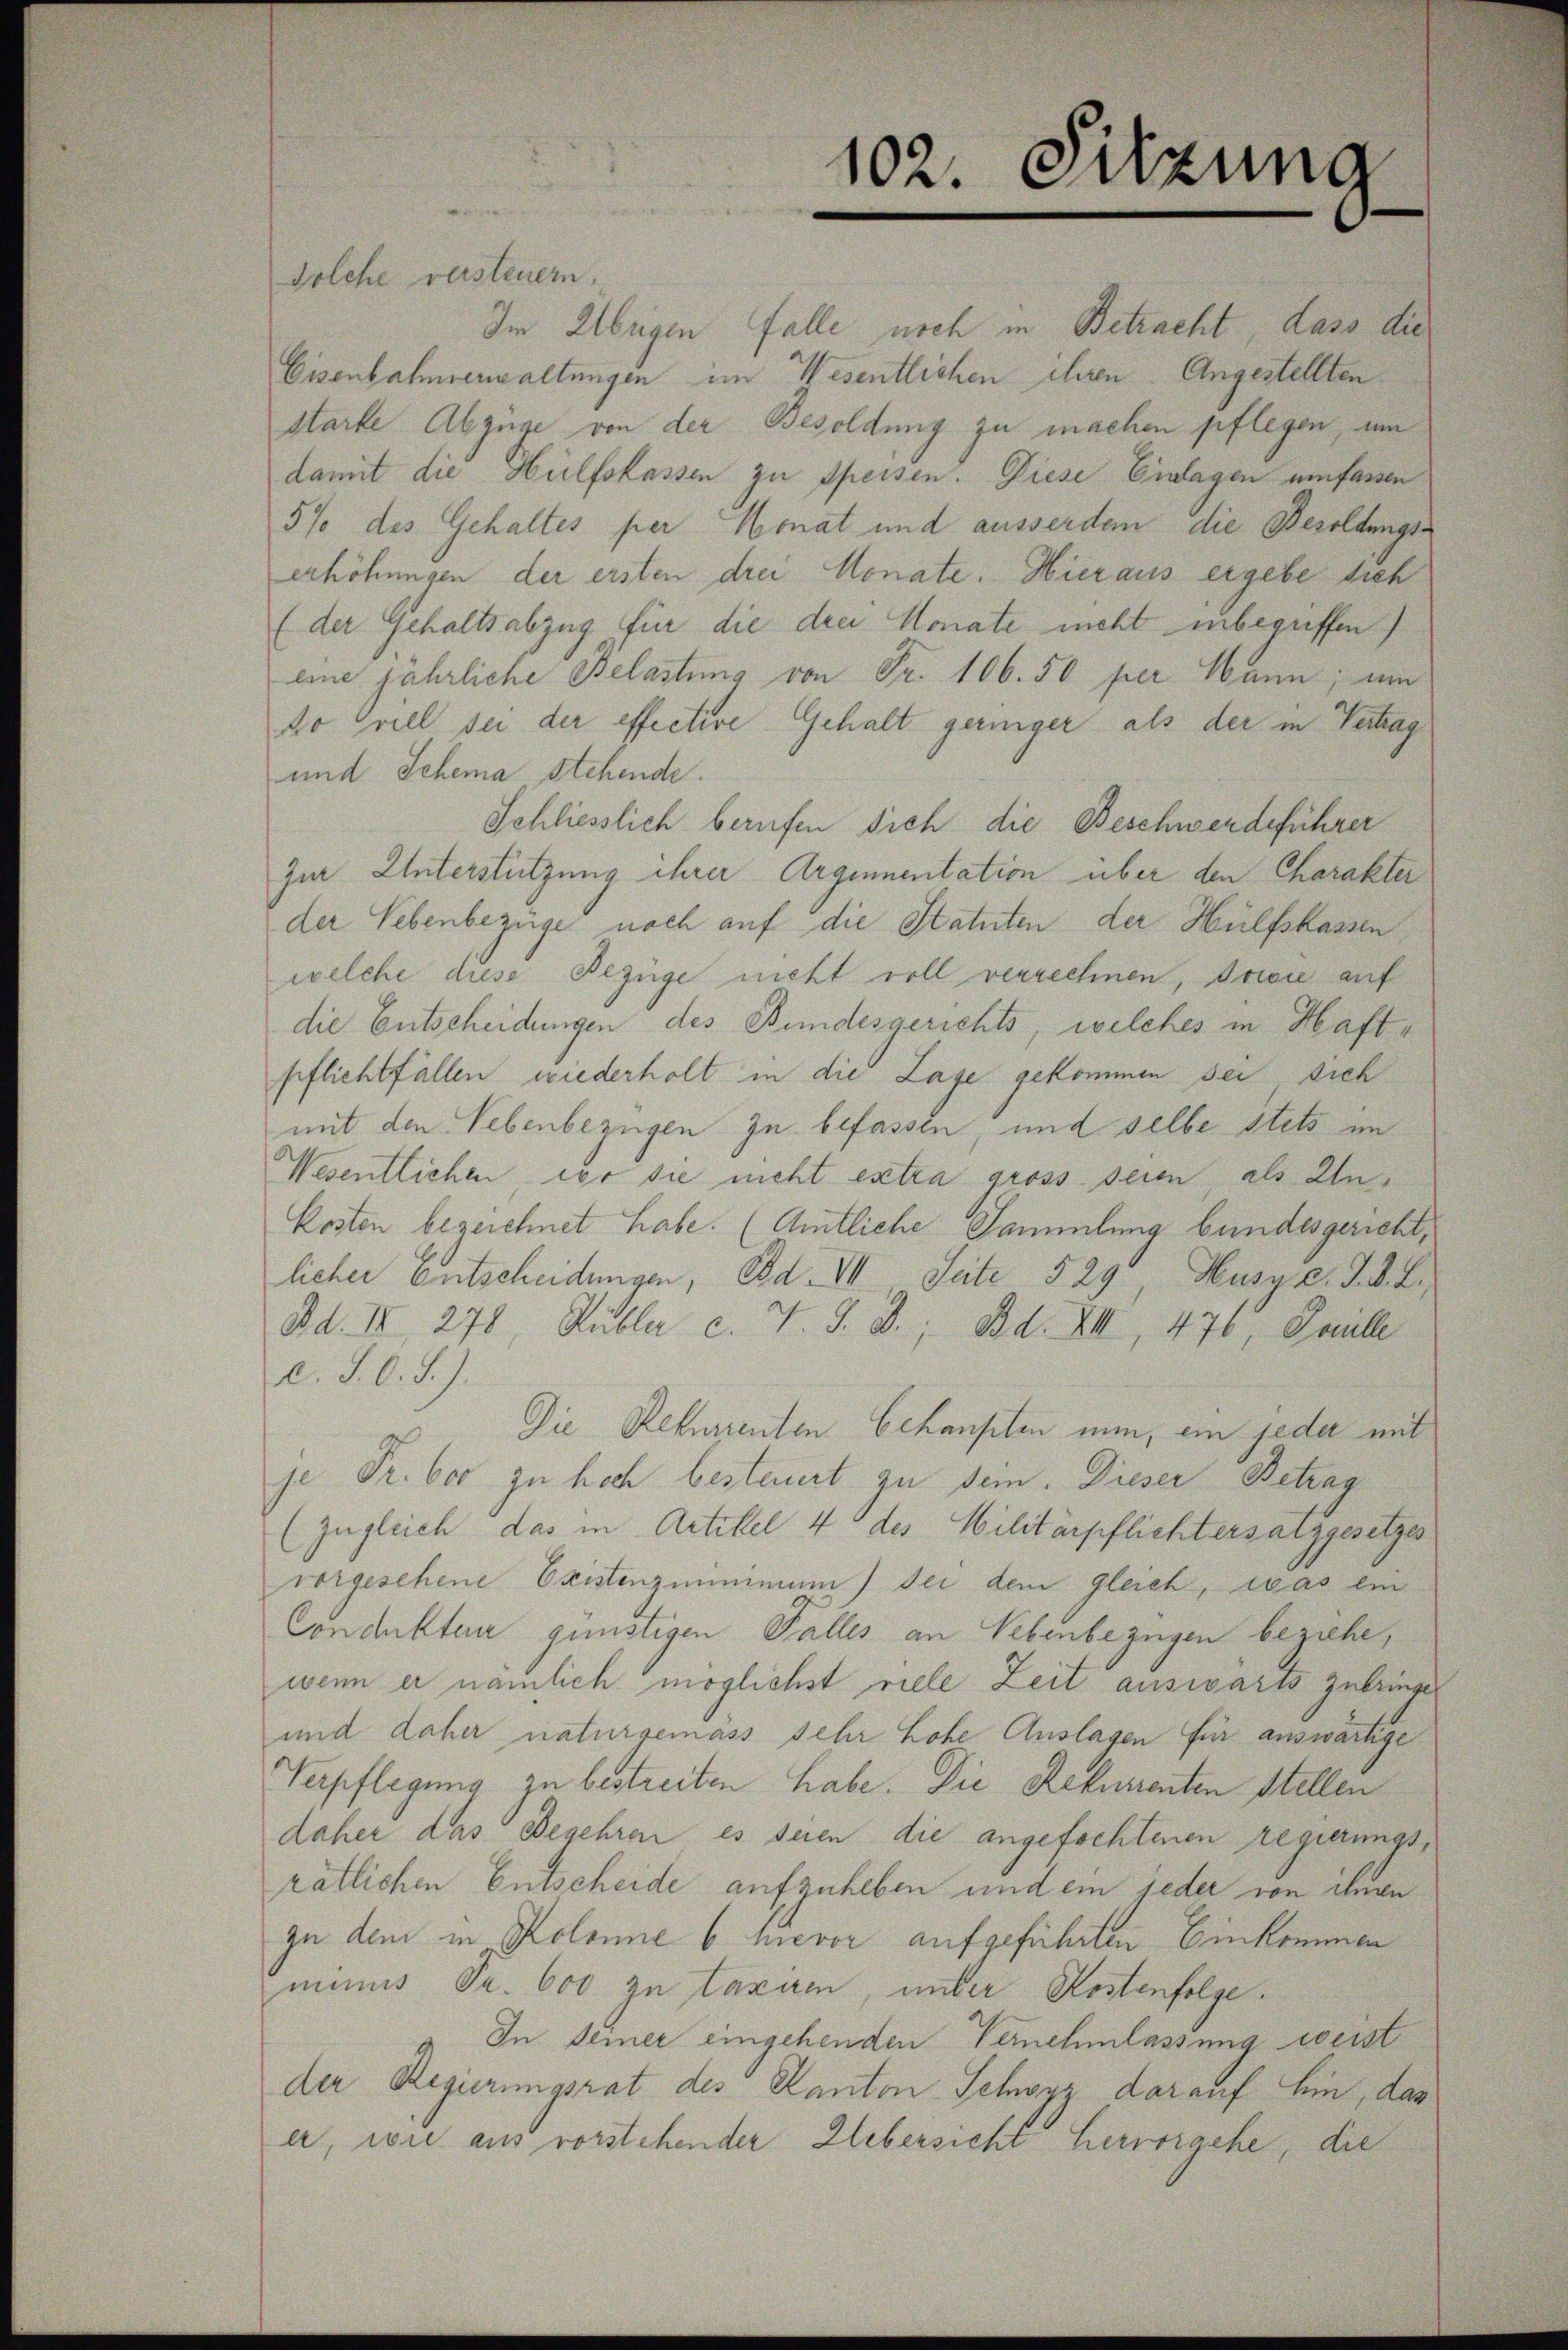
102. Sitzung

Solche versteuern.
Im Übrigen Falle noch in Betracht, dass die
Eisenbahnverwaltungen im Wesentlichen ihren Angestellten
starte Abzüge von der Besoldung zu machen pflegen, um
damit die Hülfskassen zu Speisen. Diese Einlagen umfassen
5% des Gehaltes per Monat und ausserdem die Besoldungserhöhungen der ersten drei Monate. Hieraus ergebe sich
(der Gehaltsabzug für die drei Monate nicht inbegriffen
eine jährliche Belastung von Fr. 106. 50 per Mann; um
do Grill sei der effectire Gehalt geringer als der in Vertrag
und Schema stehende.
Schliesslich berufen sich die Beschwerdeführer
Zur Unterstützung ihrer Arginnentation über den Charakter
der Lebenbezüge noch auf die Statuten der Hülfskassen
welche diese Bezüge nicht voll verrechnen, sowie auf
die Entscheidungen des Bundesgerichts, welches in Haftpflichtfällen, wiederholt in die Lage gekommen sei, sich
mit den Lebenbezügen zu befassen, und selbe stets im
Wesentlichen der sie nicht extra gross seien, als In¬
Kosten bezeichnet habe. (Amtliche Sammlung bundesgericht,
licher Entscheidungen, Ed. VII. Seite 529, Husyc. J. A. L.,
dd. II 278, Rubler c. v. J. B., Bd. XII, 476, Paville
d.J. O. S.).
Die Rekurrenten behaupten nun, ein jeder mit
je Fr. 600 zu hoch besteuert zu sein. Dieser Betrag
(zugleich das in Artikel 4 des Militärpflichtersatzgesetzes
vorgesehene Existenzminimum der dem gleich, was ein
Concluster günstigen Falles an Lebenbezügen beziehe,
wenn er nämlich möglichst viele Zeit auswärts zubringe
und daher naturgemäss sehr hohe Auslagen für auswärtige
Verpflegung zu bestreiten habe. Die Rekurrenten Stellen
daher das Begehren es seien die angefochtenen regierungsrätlichen Entscheide aufzuheben und ein jeder von ihren
zu dem in Kolonne 6 hievor aufgeführten Einkommen
minus Pr. 600 zu taxiren, unter Kostenfolge.
In Deiner eingehenden Vernehmlassung weist
der Regierungsrat des Kanton Schwyz darauf hin, das
er, wie aus vorstehender Uebersicht hervorgehe, die